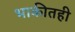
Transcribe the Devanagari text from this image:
भाकीतही